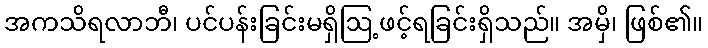
အကသိရလာဘီ၊ ပင်ပန်းခြင်းမရှိဩ့ဖင့်ရခြင်းရှိသည်။ အမှိ၊ ဖြစ်၏။